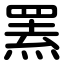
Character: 罴